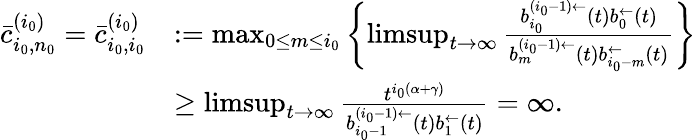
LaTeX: \begin{array}{rl}{\bar{c}_{i_{0},n_{0}}^{(i_{0})}=\bar{c}_{i_{0},i_{0}}^{(i_{0})}}&{:=\operatorname*{max}_{0\le m\le i_{0}}\left\{ \operatorname*{limsup}_{t\to\infty}\frac{b_{i_{0}}^{(i_{0}-1)\leftarrow}(t)b_{0}^{\leftarrow}(t)}{b_{m}^{(i_{0}-1)\leftarrow}(t)b_{i_{0}-m}^{\leftarrow}(t)}\right\} }\\ &{\ge\operatorname*{limsup}_{t\to\infty}\frac{t^{i_{0}(\alpha+\gamma)}}{b_{i_{0}-1}^{(i_{0}-1)\leftarrow}(t)b_{1}^{\leftarrow}(t)}=\infty.}\end{array}